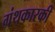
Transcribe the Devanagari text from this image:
ग्रंथकारकी